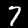
Label: 7